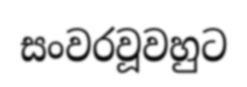
සංවරවූවහුට